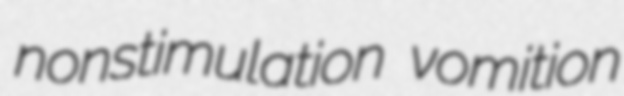
nonstimulation vomition